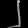
Digit: ၂